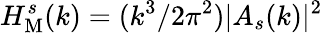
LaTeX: H_{\mathrm{M}}^{s}(k)=(k^{3}/2\pi^{2})|A_{s}(k)|^{2}